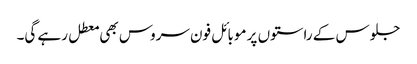
جلوس کے راستوں پر موبائل فون سروس بھی معطل رہے گی۔